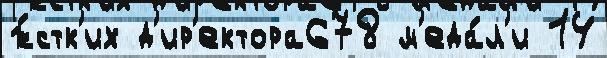
ж́стк'их д'ир'ектора678 м'еда́л'и 14